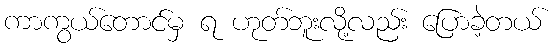
ကာကွယ်တောင်မှ ရ ဟုတ်ဘူးလို့လည်း ပြောခဲ့တယ်